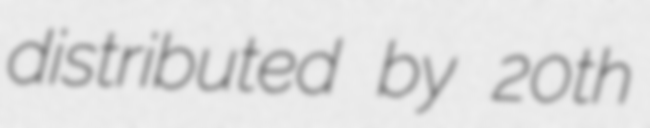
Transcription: distributed by 20th